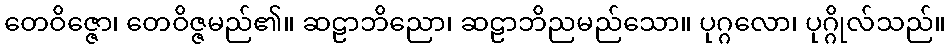
တေဝိဇ္ဇော၊ တေဝိဇ္ဇမည်၏။ ဆဠာဘိညော၊ ဆဠာဘိညမည်သော။ ပုဂ္ဂလော၊ ပုဂ္ဂိုလ်သည်။